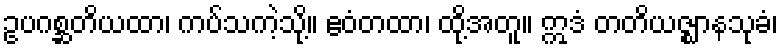
ဥပဂစ္ဆတိယထာ၊ ကပ်သကဲ့သို့။ ဧဝံတထာ၊ ထို့အတူ။ ဣဒံ တတိယဇ္ဈာနသုခံ၊